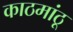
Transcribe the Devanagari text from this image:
काठमांठू